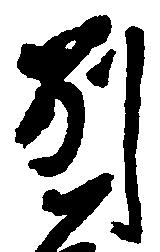
別